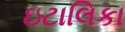
ઇટાલિકા